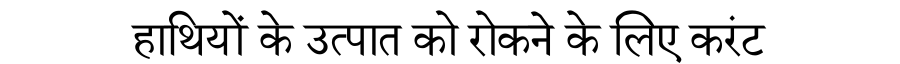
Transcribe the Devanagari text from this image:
हाथियों के उत्पात को रोकने के लिए करंट